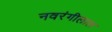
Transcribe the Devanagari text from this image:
नवरंगीलाल